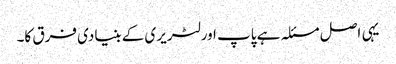
یہی اصل مسئلہ ہے پاپ اور لٹریری کے بنیادی فرق کا۔